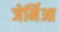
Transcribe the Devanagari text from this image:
जेर्मिआ